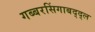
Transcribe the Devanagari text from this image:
गब्बरसिंगाबद्द्ल